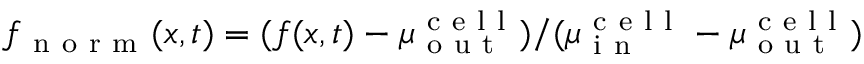
f _ { \mathrm { ~ n ~ o ~ r ~ m ~ } } ( x , t ) = ( f ( x , t ) - \mu _ { \mathrm { ~ o ~ u ~ t ~ } } ^ { \mathrm { ~ c ~ e ~ l ~ l ~ } } ) / ( \mu _ { \mathrm { ~ i ~ n ~ } } ^ { \mathrm { ~ c ~ e ~ l ~ l ~ } } - \mu _ { \mathrm { ~ o ~ u ~ t ~ } } ^ { \mathrm { ~ c ~ e ~ l ~ l ~ } } )